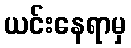
ယင်းနေရာမှ